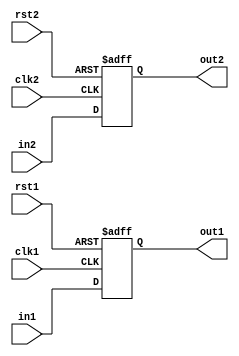
module pulse_synchronizer (
    input wire clk1,
    input wire rst1,
    input wire in1,
    
    input wire clk2,
    input wire rst2,
    input wire in2,
    
    output reg out1,
    output reg out2
);

always @(posedge clk1 or posedge rst1) begin
    if (rst1) begin
        out1 <= 1'b0;
    end else begin
        out1 <= in1;
    end
end

always @(posedge clk2 or posedge rst2) begin
    if (rst2) begin
        out2 <= 1'b0;
    end else begin
        out2 <= in2;
    end
end

endmodule